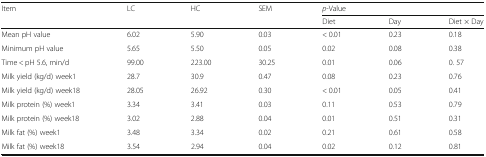
<table><thead><tr><td rowspan="2"><b>Item</b></td><td rowspan="2"><b>LC</b></td><td rowspan="2"><b>HC</b></td><td rowspan="2"><b>SEM</b></td><td colspan="3"><b><i>p</i>-Value</b></td></tr><tr><td><b>Diet</b></td><td><b>Day</b></td><td><b>Diet × Day</b></td></tr></thead><tbody><tr><td>Mean pH value</td><td>6.02</td><td>5.90</td><td>0.03</td><td>&lt; 0.01</td><td>0.23</td><td>0.18</td></tr><tr><td>Minimum pH value</td><td>5.65</td><td>5.50</td><td>0.05</td><td>0.02</td><td>0.08</td><td>0.38</td></tr><tr><td>Time &lt; pH 5.6, min/d</td><td>99.00</td><td>223.00</td><td>30.25</td><td>0.01</td><td>0.06</td><td>0. 57</td></tr><tr><td>Milk yield (kg/d) week1</td><td>28.7</td><td>30.9</td><td>0.47</td><td>0.08</td><td>0.23</td><td>0.76</td></tr><tr><td>Milk yield (kg/d) week18</td><td>28.05</td><td>26.92</td><td>0.30</td><td>&lt; 0.01</td><td>0.05</td><td>0.41</td></tr><tr><td>Milk protein (%) week1</td><td>3.34</td><td>3.41</td><td>0.03</td><td>0.11</td><td>0.53</td><td>0.79</td></tr><tr><td>Milk protein (%) week18</td><td>3.02</td><td>2.88</td><td>0.04</td><td>0.01</td><td>0.51</td><td>0.31</td></tr><tr><td>Milk fat (%) week1</td><td>3.48</td><td>3.34</td><td>0.02</td><td>0.21</td><td>0.61</td><td>0.58</td></tr><tr><td>Milk fat (%) week18</td><td>3.54</td><td>2.94</td><td>0.04</td><td>0.02</td><td>0.12</td><td>0.81</td></tr></tbody></table>